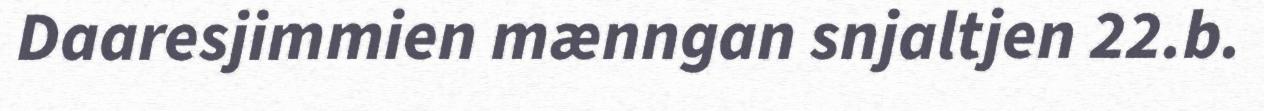
Daaresjimmien mænngan snjaltjen 22.b.